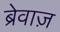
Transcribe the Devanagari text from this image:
ब्रेवाज़